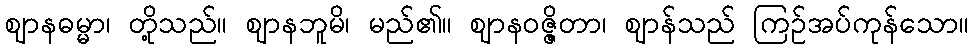
ဈာနဓမ္မာ၊ တို့သည်။ ဈာနဘူမိ၊ မည်၏။ ဈာနဝဇ္ဇိတာ၊ ဈာန်သည် ကြဉ်အပ်ကုန်သော။